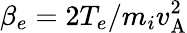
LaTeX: \beta_{e}=2T_{e}/m_{i}v_{\mathrm{A}}^{2}